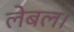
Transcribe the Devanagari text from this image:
लेबल।